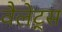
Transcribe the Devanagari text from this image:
वैलेट्स